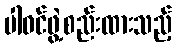
ပါဝင်ဖွဲ့စည်းထားသည့်